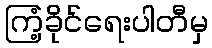
ကြံ့ခိုင်ရေးပါတီမှ